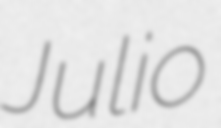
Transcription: Julio